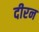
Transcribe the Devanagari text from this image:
दीरन